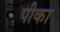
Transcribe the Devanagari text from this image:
पीका